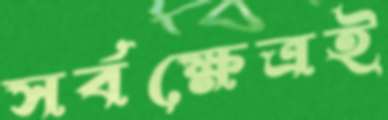
সর্বক্ষেত্রই